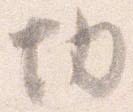
切